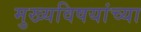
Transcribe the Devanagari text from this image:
मुख्यविषयांच्या